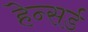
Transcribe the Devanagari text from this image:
हेन्सर्ड